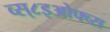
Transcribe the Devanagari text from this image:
व्स्८इओफ्व्स